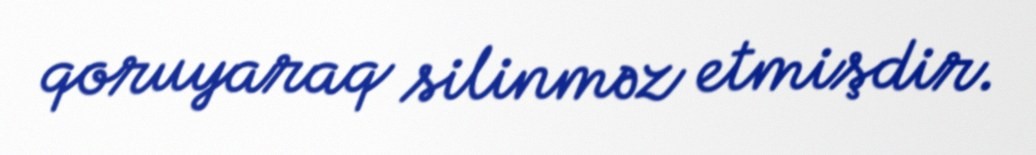
qoruyaraq silinməz etmişdir.